Reports on dispensaries and lunatic asylums in the Province of Oudh - 1869-1876
Year: 1869
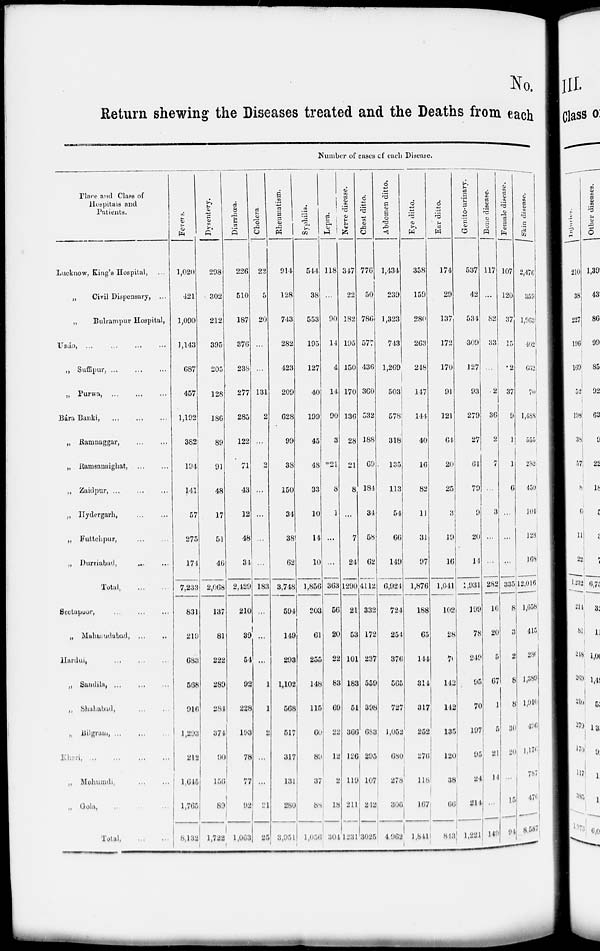
No.
Return shewing the Diseases treated and the Deaths from each
Number of cases of each Disease.
Place and Class of
Hospitals and
Patients.
Lucknow, King's Hospital, ...
„
Civil Dispensary, ...
„
Bulrampur Hospital,
Unáo, ...
„ Suffipur, ... ... ...
„ Purwa,
...
...
...
Bára Banki,
...
...
...
„ Ramnaggar, ... ...
„ Ramsanaighat, ... ...
„ Zaidpur, ... ... ...
„ Hydergarh, ... ...
„ Futtehpur, ... ...
„ Durriabad, ... ...
Total, ... ...
Seetapoor, ... ... ...
„ Muhmadabad, ... ...
Hardui, ... ... ...
„ Sandila, ... ... ...
„ Shahabad, ... ...
„ Bilgram, ... ...
„ Kheri ... ... ... ...
„ Mohumdi, ... ...
„ Gola,
Total, ... ...
Fevers.
1,020
421
1,090
1,143
687
457
1,192
382
194
141
57
275
174
7,233
831
219
683
568
916
1,293
212
1,645
1,765
8,132
Dysentery.
298
302
212
395
205
128
186
89
91
48
17
51
46
2,068
137
81
222
289
284
374
90
156
89
1,722
Diarrhœa.
226
510
187
376
238
277
285
122
71
43
12
48
34
2,429
210
39
54
92
228
193
78
77
92
1,063
Cholera.
22
5
20
...
...
131
2
...
2
...
...
...
...
183
...
...
...
1
1
2
...
...
21
25
Rheumatism.
914
128
743
282
423
209
628
99
38
150
34
38
62
3,748
594
149
293
1,102
568
517
317
131
280
3,951
Syphilis.
544
38
553
195
127
40
199
45
48
33
10
14
10
1,856
203
61
255
148
115
60
89
37
88
1,056
Lepra.
118
...
90
11
4
14
90
3
21
8
1
...
...
363
56
20
22
83
69
22
12
2
18
304
Nerve disease.
347
22
182
195
150
170
136
28
21
8
...
7
24
1290
21
53
101
183
51
366
126
119
211
1231
Chest ditto.
776
50
786
577
436
360
532
188
69
184
34
58
62
4112
332
172
237
559
398
683
295
107
212
3025
Abdomen ditto.
1,434
239
1,323
743
1,269
503
578
318
135
113
54
66
149
6,924
724
254
376
565
727
1,052
680
278
306
4,962
Eye ditto.
358
159
280
263
248
147
144
40
16
82
11
31
97
1,876
188
65
144
314
317
252
276
118
167
l,841
Ear ditto.
174
29
137
172
170
91
121
64
20
25
3
19
16
1,041
102
28
71
142
142
135
120
38
66
813
Genito-urinary.
537
42
534
309
127
93
279
27
61
79
9
20
14
1,931
199
78
249
95
70
197
95
24
214
1,221
Bone disease.
117
...
82
33
...
2
36
2
7
...
3
...
...
282
16
20
5
67
1
5
21
14
...
149
Female disease.
107
120
37
15
2
37
9
1
1
6
...
...
...
335
8
3
2
8
8
30
20
...
15
94
Skin disease.
2,476
359
1,963
402
662
70
1,488
555
282
459
101
128
168
12,016
1,658
415
280
1,389
1,910
496
1,176
787
476
8,587